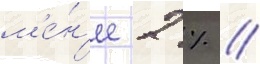
м'е́н'ее 2 % //